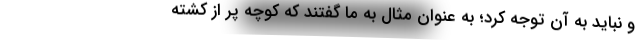
و نباید به آن توجه کرد؛ به عنوان مثال به ما گفتند که کوچه پر از کشته